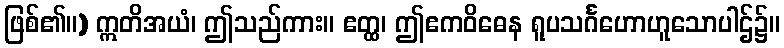
ဖြစ်၏။) ဣတိအယံ၊ ဤသည်ကား။ ဧတ္ထ၊ ဤဧကဝိဓေန ရူပသင်္ဂဟောဟူသောပါဌ်၌။